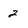
Character: 2